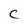
Character: c